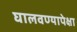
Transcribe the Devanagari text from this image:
घालवण्यापेक्षा